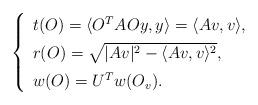
LaTeX: \begin{align*} \left\{\renewcommand*{\arraystretch}{1.4}\begin{array}{ll} t(O) = \langle O^TAOy,y \rangle = \langle Av,v \rangle,\\ r(O) = \sqrt{|Av|^2 - \langle Av,v \rangle^2},\\ w(O) = U^Tw(O_v).\end{array} \right.\end{align*}